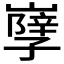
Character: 𡦣